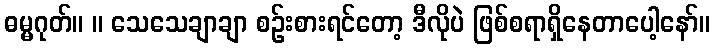
ဓမ္မဂုတ်။ ။ သေသေချာချာ စဉ်းစားရင်တော့ ဒီလိုပဲ ဖြစ်စရာရှိနေတာပေါ့နော်။